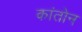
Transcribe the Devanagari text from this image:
कांतोन